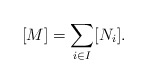
\begin{align*}[M] = \sum_{i \in I} [N_i].\end{align*}